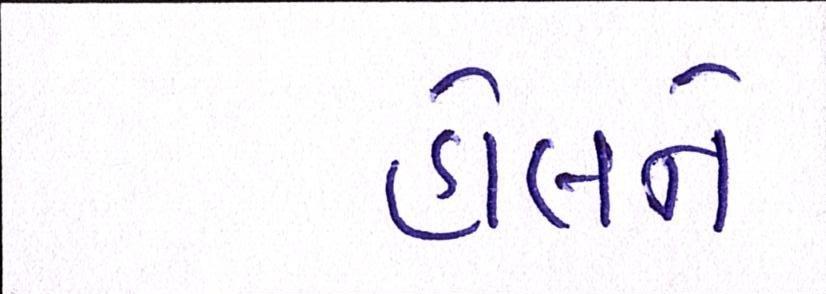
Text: હોલને